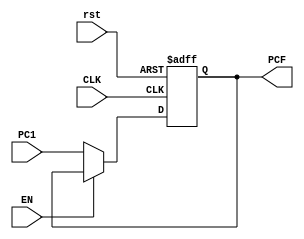
module Program_Counter(PC1,PCF,CLK,EN,rst);
input [31:0] PC1;
input CLK,EN,rst;
output reg [31:0] PCF;
always @(posedge CLK or negedge rst) begin
if (!rst) begin
PCF<=0; 
end
else if (!EN)
PCF<=PC1;
end  
endmodule